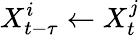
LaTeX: X_{t-\tau}^{i}\leftarrow X_{t}^{j}